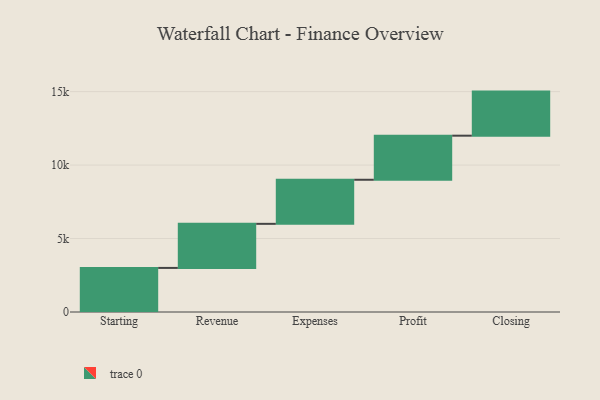
{"axis": {"x": "Step", "y": "Value"}, "legend": [""], "data": [{"x": "Starting", "y": 3000, "type": ""}, {"x": "Revenue", "y": 3000, "type": ""}, {"x": "Expenses", "y": 3000, "type": ""}, {"x": "Profit", "y": 3000, "type": ""}, {"x": "Closing", "y": 3000, "type": ""}]}